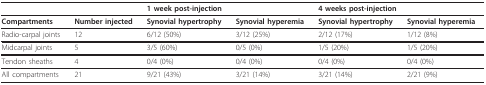
<table><thead><tr><td></td><td></td><td colspan="2"><b>1 week post-injection</b></td><td colspan="2"><b>4 weeks post-injection</b></td></tr></thead><tbody><tr><td><b>Compartments</b></td><td><b>Number injected</b></td><td><b>Synovial hypertrophy</b></td><td><b>Synovial hyperemia</b></td><td><b>Synovial hypertrophy</b></td><td><b>Synovial hyperemia</b></td></tr><tr><td>Radio-carpal joints</td><td>12</td><td>6/12 (50%)</td><td>3/12 (25%)</td><td>2/12 (17%)</td><td>1/12 (8%)</td></tr><tr><td>Midcarpal joints</td><td>5</td><td>3/5 (60%)</td><td>0/5 (0%)</td><td>1/5 (20%)</td><td>1/5 (20%)</td></tr><tr><td>Tendon sheaths</td><td>4</td><td>0/4 (0%)</td><td>0/4 (0%)</td><td>0/4 (0%)</td><td>0/4 (0%)</td></tr><tr><td>All compartments</td><td>21</td><td>9/21 (43%)</td><td>3/21 (14%)</td><td>3/21 (14%)</td><td>2/21 (9%)</td></tr></tbody></table>